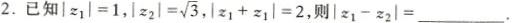
2.已知|z_{1}|=1， $$|z_{2}|= \sqrt{3}$$ $$|z_{1}+z_{1}|=$$ ，则|z_{1}-z_{2}|=___。